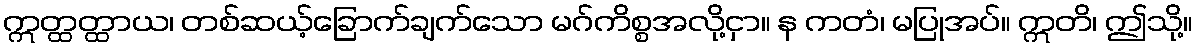
ဣတ္ထတ္ထာယ၊ တစ်ဆယ့်ခြောက်ချက်သော မဂ်ကိစ္စအလို့ငှာ။ န ကတံ၊ မပြုအပ်။ ဣတိ၊ ဤသို့။